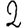
Digit: 2